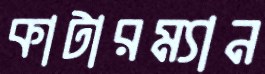
কাটারম্যান